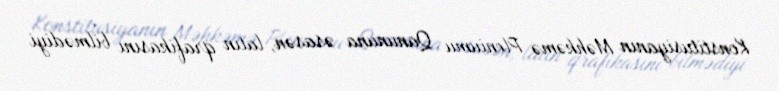
Konstitusiyanın Məhkəmə Pleniumu Qanununa əsasən, latın qrafikasını bilmədiyi